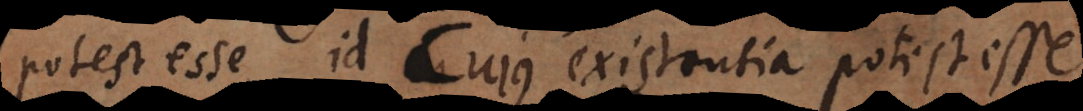
potest esse id cujus existentia potest